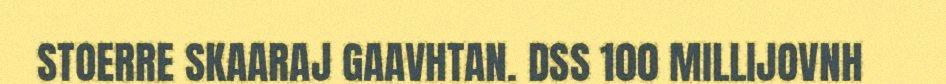
STOERRE SKAARAJ GAAVHTAN. DSS 100 MILLIJOVNH